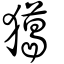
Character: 獦